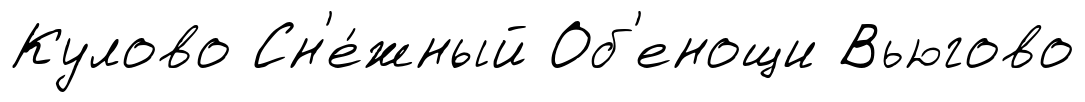
Кулово Сн'е́жный Об'енощи Вьюгово